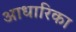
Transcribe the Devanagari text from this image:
आधारिका